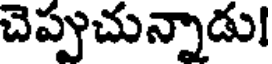
చెప్పుచున్నాడు!